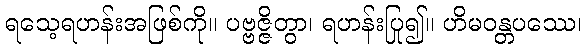
ရသေ့ရဟန်းအဖြစ်ကို။ ပဗ္ဗဇ္ဇိတွာ၊ ရဟန်းပြု၍။ ဟိမဝန္တပဿေ၊